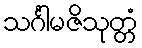
သင်္ဂါမဇိသုတ္တံ